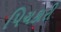
પિચકારી